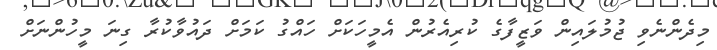
މިދެންނެވި ޖުމުލައިން ވަޒީފާގެ ކުރިއެރުން އެމީހަކަށް ހައްގު ކަމަށް ދައުވާކުރާ ގިނަ މީހުންނަށް